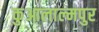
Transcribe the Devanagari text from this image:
कुआलाल्मपुर